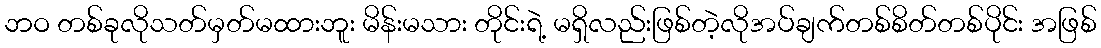
ဘဝ တစ်ခုလိုသတ်မှတ်မထားဘူး မိန်းမသား တိုင်းရဲ့ မရှိလည်းဖြစ်တဲ့လိုအပ်ချက်တစ်စိတ်တစ်ပိုင်း အဖြစ်